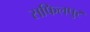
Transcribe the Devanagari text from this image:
सफिलपुर